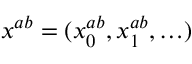
\boldsymbol { x ^ { a b } } = ( x _ { 0 } ^ { a b } , x _ { 1 } ^ { a b } , \ldots )